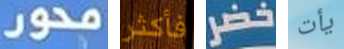
محور فأكثر خضر يأت